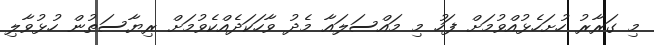
މި ގަރާރު ހުށަހެޅުއްވުމަށް ފަހު މި މައްސަލައާ މެދު ވާހަކަދެއްކެވުމަށް ރިޔާސަތުން ހުޅުވާލި